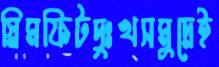
স্লিমফিটদুঃখসমুদ্রেই